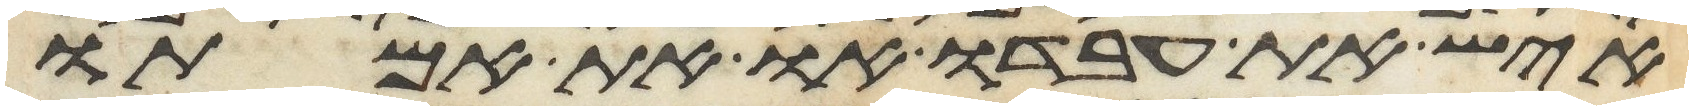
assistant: איש את עבדו או את אמתו